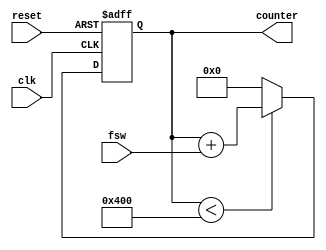
`timescale 1ns / 1ps

module phase_counter(
        input clk,
        input reset,
  		input [9:0] fsw,
  		output reg [9:0] counter
        );
  
  		always @ (posedge clk or posedge reset)
        begin
          if(reset)
            counter <= 0;
          else if (counter < 1024)
            counter <= counter + fsw;
          else 
            counter <= 0;
        end
endmodule